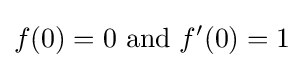
f(0)=0\ {\text{and}}\ f'(0)=1